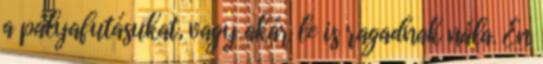
a pályafutásukat, vagy akár le is ragadnak nála. Én